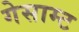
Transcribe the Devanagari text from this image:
गेसाम्ट